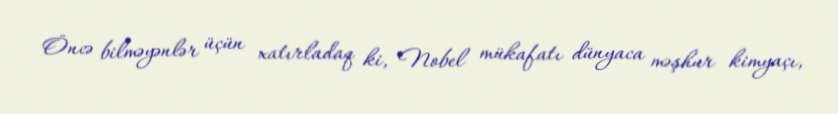
Öncə bilməyənlər üçün xatırladaq ki, Nobel mükafatı dünyaca məşhur kimyaçı,